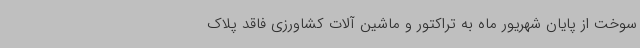
سوخت از پایان شهریور ماه به تراکتور و ماشین آلات کشاورزی فاقد پلاک